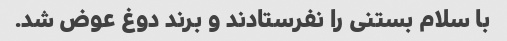
با سلام بستنی را نفرستادند و برند دوغ عوض شد.